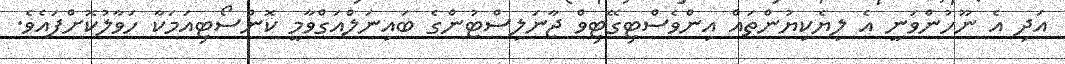
އަދި އެ ނޫހުންވަނީ އެ ލިޔެކިޔުންތައް އިންވެސްޓިގޭޓިވް ޖާނަލިސްޓުންގެ ބައިނަލްއަގްވާމީ ކޮންސޯޓިއަމަކާ ހަވާލުކޮށްފައެވެ.